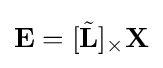
\mathbf {E} =[{\tilde {\mathbf {L} }}]_{\times }\mathbf {X}